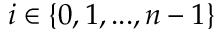
i \in \{ 0 , 1 , . . . , n - 1 \}